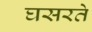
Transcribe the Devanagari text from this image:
घसरते